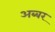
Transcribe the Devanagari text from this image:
अब्बर